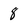
Character: 8